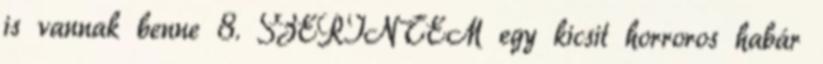
is vannak benne 8. SZERINTEM egy kicsit horroros habár